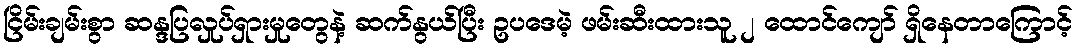
ငြိမ်းချမ်းစွာ ဆန္ဒပြလှုပ်ရှားမှုတွေနဲ့ ဆက်နွယ်ပြီး ဥပဒေမဲ့ ဖမ်းဆီးထားသူ ၂ ထောင်ကျော် ရှိနေတာကြောင့်